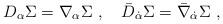
LaTeX: \begin{align*}D_\alpha \Sigma=\nabla_\alpha \Sigma\ ,\quad \bar D_{\dot{\alpha}} \Sigma=\bar \nabla_{\dot{\alpha}} \Sigma\ ,\end{align*}